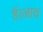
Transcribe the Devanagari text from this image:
हैं।आय